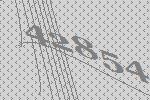
42854